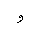
Letter: _waw